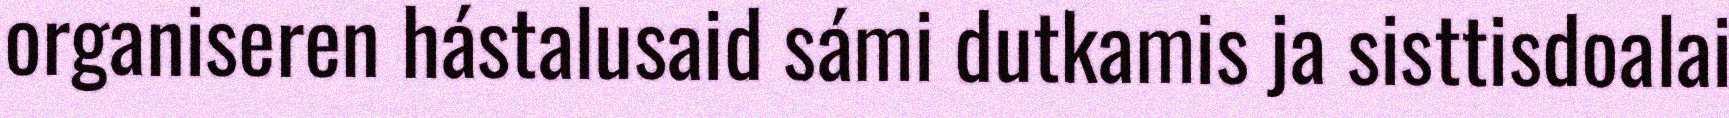
organiseren hástalusaid sámi dutkamis ja sisttisdoalai